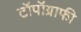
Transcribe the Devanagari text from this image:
टॉपॉग्राफी